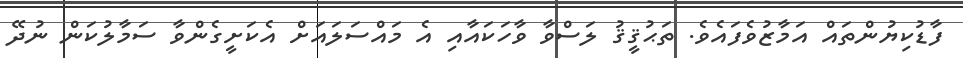
ފާޑުކިޔުންތައް އަމާޒުވެފައެވެ. ތަޙުޤީޤު ލަސްވާ ވާހަކައާއި އެ މައްސަލައަށް އެކަށީގެންވާ ސަމާލުކަން ނުދޭ